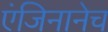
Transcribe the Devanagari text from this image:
एंजिनानेच